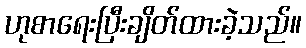
ဟုစာရေးပြီးချိတ်ထားခဲ့သည်။